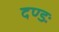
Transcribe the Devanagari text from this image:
दण्डः